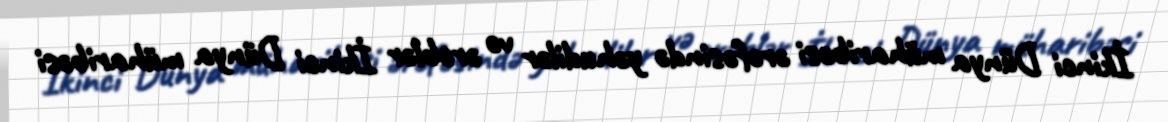
İkinci Dünya müharibəsi ərəfəsində yəhudilər və ərəblər İkinci Dünya müharibəsi